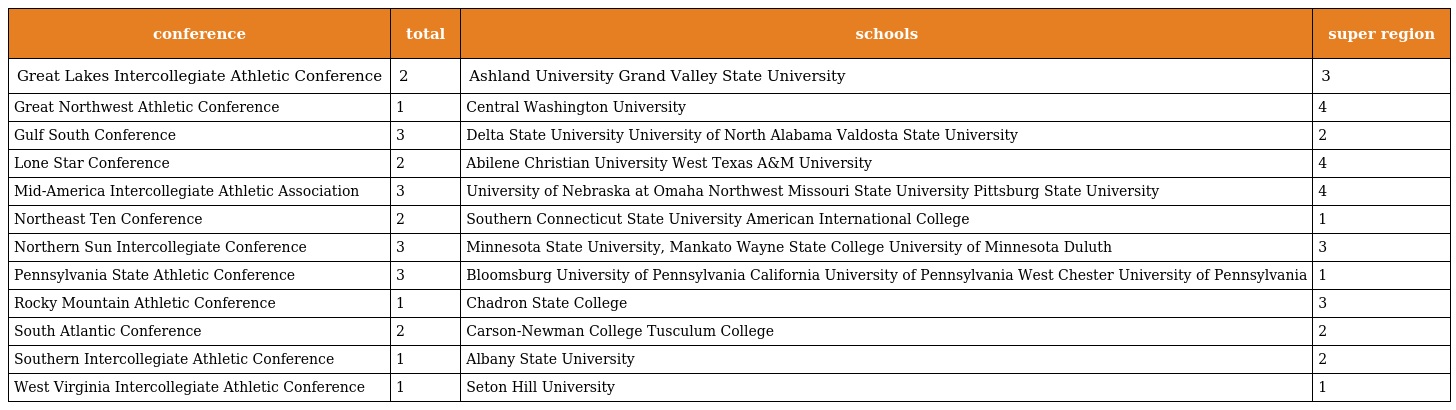
| conference | total | schools | super region |
 | --- | --- | --- | --- |
 | Great Lakes Intercollegiate Athletic Conference | 2 | Ashland University Grand Valley State University | 3 |
 | Great Northwest Athletic Conference | 1 | Central Washington University | 4 |
 | Gulf South Conference | 3 | Delta State University University of North Alabama Valdosta State University | 2 |
 | Lone Star Conference | 2 | Abilene Christian University West Texas A&M University | 4 |
 | Mid-America Intercollegiate Athletic Association | 3 | University of Nebraska at Omaha Northwest Missouri State University Pittsburg State University | 4 |
 | Northeast Ten Conference | 2 | Southern Connecticut State University American International College | 1 |
 | Northern Sun Intercollegiate Conference | 3 | Minnesota State University, Mankato Wayne State College University of Minnesota Duluth | 3 |
 | Pennsylvania State Athletic Conference | 3 | Bloomsburg University of Pennsylvania California University of Pennsylvania West Chester University of Pennsylvania | 1 |
 | Rocky Mountain Athletic Conference | 1 | Chadron State College | 3 |
 | South Atlantic Conference | 2 | Carson-Newman College Tusculum College | 2 |
 | Southern Intercollegiate Athletic Conference | 1 | Albany State University | 2 |
 | West Virginia Intercollegiate Athletic Conference | 1 | Seton Hill University | 1 |